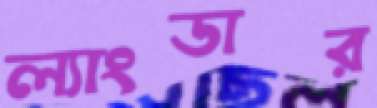
ল্যাংডার